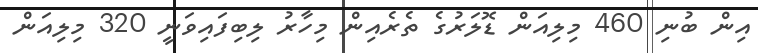
އިން ބުނި 460 މިލިއަން ޑޮލަރުގެ ތެރެއިން މިހާރު ލިބިފައިވަނީ 320 މިލިއަން